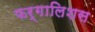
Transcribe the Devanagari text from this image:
फर्गालिशस